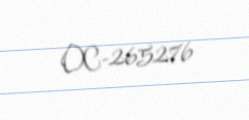
OC-265276